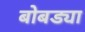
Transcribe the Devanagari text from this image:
बोबड्या